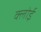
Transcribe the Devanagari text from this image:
क्लोई